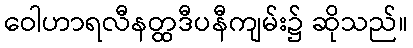
ဝေါဟာရလီနတ္ထဒီပနီကျမ်း၌ ဆိုသည်။